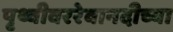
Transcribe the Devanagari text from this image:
पृथ्वीवररेवानदीच्या